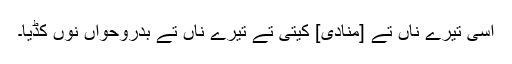
اَسی تیرے ناں تے [منادی] کیتی تے تیرے ناں تے بدروحواں نوں کڈیا۔